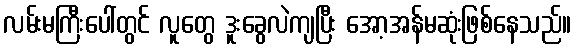
လမ်းမကြီးပေါ်တွင် လူတွေ ဒူးခွေလဲကျပြီး အော့အန်မဆုံးဖြစ်နေသည်။